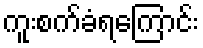
ကူးစက်ခံရကြောင်း